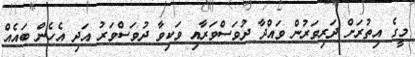
މީގެ އިތުރަށް ދަރިވަރުން ވައްދާ ދުވަސްވަރާއި ވަކިވާ ދުވަސްވަރު އަދި އެހެން ބައެއް